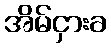
အိမ်ငှားခ